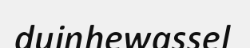
duinhewassel